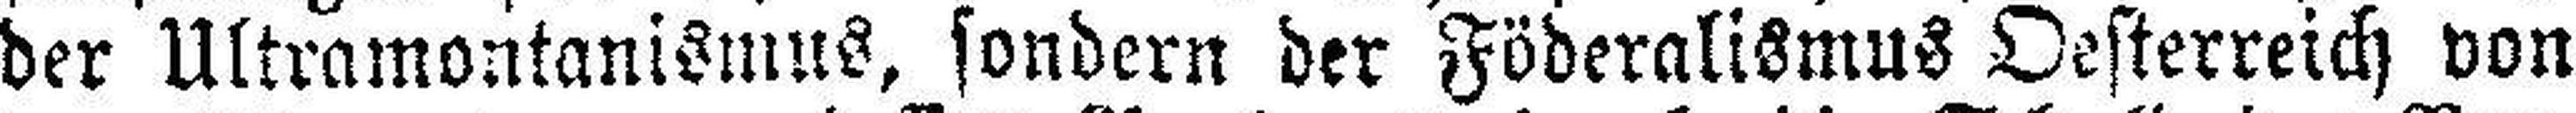
der Ultramontanismus, sondern der Föderalismus Oesterreich von